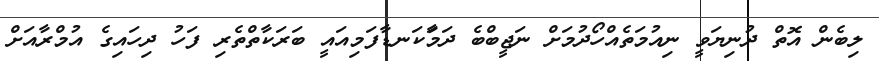
ލިބެން އޮތް ދުނިޔަވީ ނިއުމަތެއްހޯދުމަށް ނަޖީބްބެ ދަމަާކަނޑާފަމިއައީ ބަރަކާތްތެރި ފަހު ދިހައިގެ އުމްރާއަށް